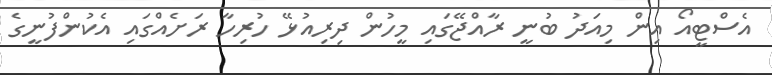
އެސްޓީއޯ އިން މިއަދު ބުނީ ރާއްޖޭގައި މީހުން ދިރިއުޅޭ ހުރިހާ ރަށެއްގައި އެކުންފުނީގެ